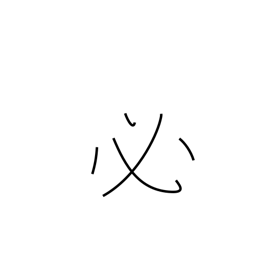
Meaning: certain